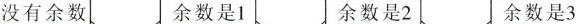
没有余数 余数是1 余数是2 余数是3